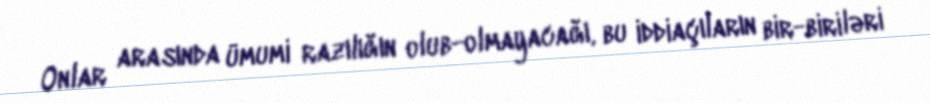
Onlar arasında ümumi razılığın olub-olmayacağı, bu iddiaçıların bir-biriləri